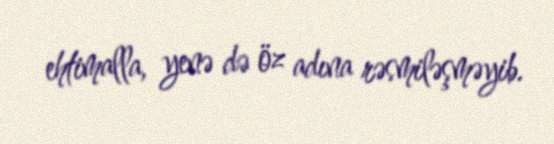
ehtimalla, yenə də öz adına rəsmiləşməyib.